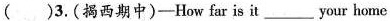
( )3.(揭西期中)——How far is it ___ your home